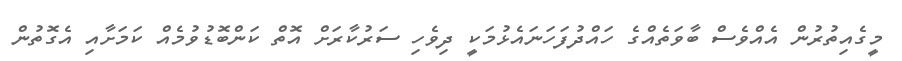
މީގެއިތުރުން އެއްވެސް ބާވަތެއްގެ ހައްދުފަހަނައެޅުމަކީ ދިވެހި ސަރުކާރަށް އޮތް ކަންބޮޑުވުމެއް ކަމަށާއި އެގޮތުން